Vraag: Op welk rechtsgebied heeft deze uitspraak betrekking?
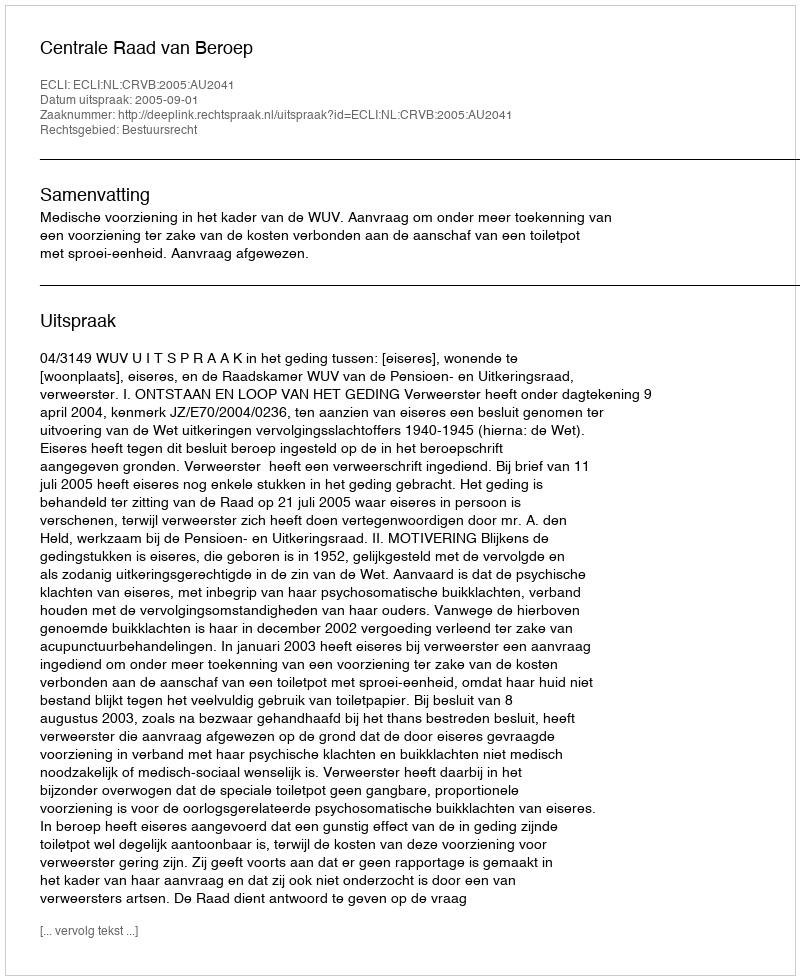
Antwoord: Bestuursrecht